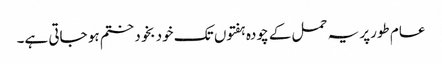
عام طورپر یہ حمل کے چودہ ہفتوں تک خود بخود ختم ہو جاتی ہے۔